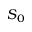
S _ { 0 }